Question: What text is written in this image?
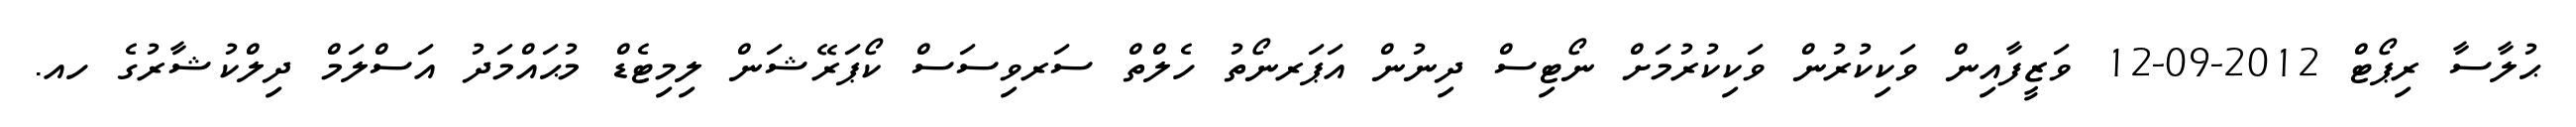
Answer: ޙުލާސާ ރިޕޯޓް 2012-09-12 ވަޒީފާއިން ވަކިކުރުން ވަކިކުރުމަށް ނޯޓިސް ދިނުން އަޕަރނޯތު ހެލްތް ސަރވިސަސް ކޯޕަރޭޝަން ލިމިޓެޑް މުޙައްމަދު އަސްލަމް ދިލްކުޝާރުގެ ހއ.